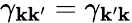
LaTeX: \gamma_{\mathbf{k}\mathbf{k}^{\prime}}=\gamma_{\mathbf{k}^{\prime}\mathbf{k}}